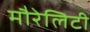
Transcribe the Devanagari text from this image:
मौरेलिटी